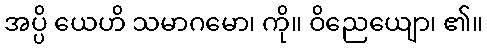
အပ္ပိ ယေဟိ သမာဂမော၊ ကို။ ဝိညေယျော၊ ၏။